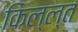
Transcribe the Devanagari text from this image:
किल्ल्त